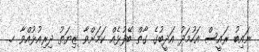
ނައިބު ރައީސް އަހުމަދު އަދީބުގެ ގާތް ބޭފުޅެއް ކަމަށްވާ ޒިޔަތު ދިރިއުޅުއްވާ ހ.